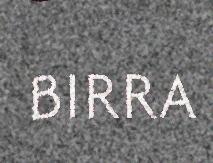
BIRRA